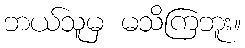
ဘယ်သူမှ မသိကြဘူး။